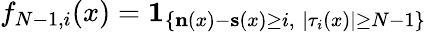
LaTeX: f_{N-1,i}(x)=\mathbf{1}_{\left\{ \mathbf{n}(x)-\mathbf{s}(x)\geq i,\; |\tau_{i}(x)|\geq N-1\right\} }